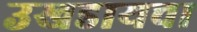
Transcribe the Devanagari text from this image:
उखडायचा